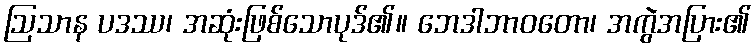
ဩသာန ပဒဿ၊ အဆုံးဖြစ်သောပုဒ်၏။ ဘေဒါဘာဝတော၊ အကွဲအပြား၏